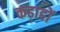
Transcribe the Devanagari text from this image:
कढ़ाहों